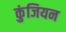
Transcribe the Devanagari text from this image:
कुंजियन